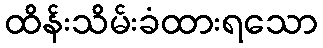
ထိန်းသိမ်းခံထားရသော